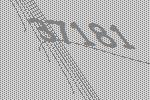
37181